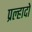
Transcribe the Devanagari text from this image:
प्रल्हादो